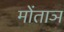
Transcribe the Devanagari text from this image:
मोंताञ